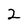
Character: 2